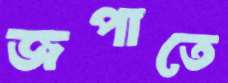
জপাতে